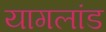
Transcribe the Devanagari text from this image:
यागलांड